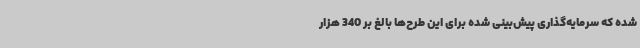
شده که سرمایه‌گذاری پیش‌بینی شده برای این طرح‌ها بالغ بر 340 هزار